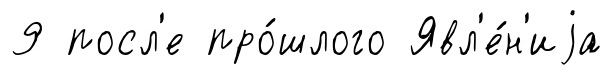
9 посл'е про́шлого Явл'е́н'иjа